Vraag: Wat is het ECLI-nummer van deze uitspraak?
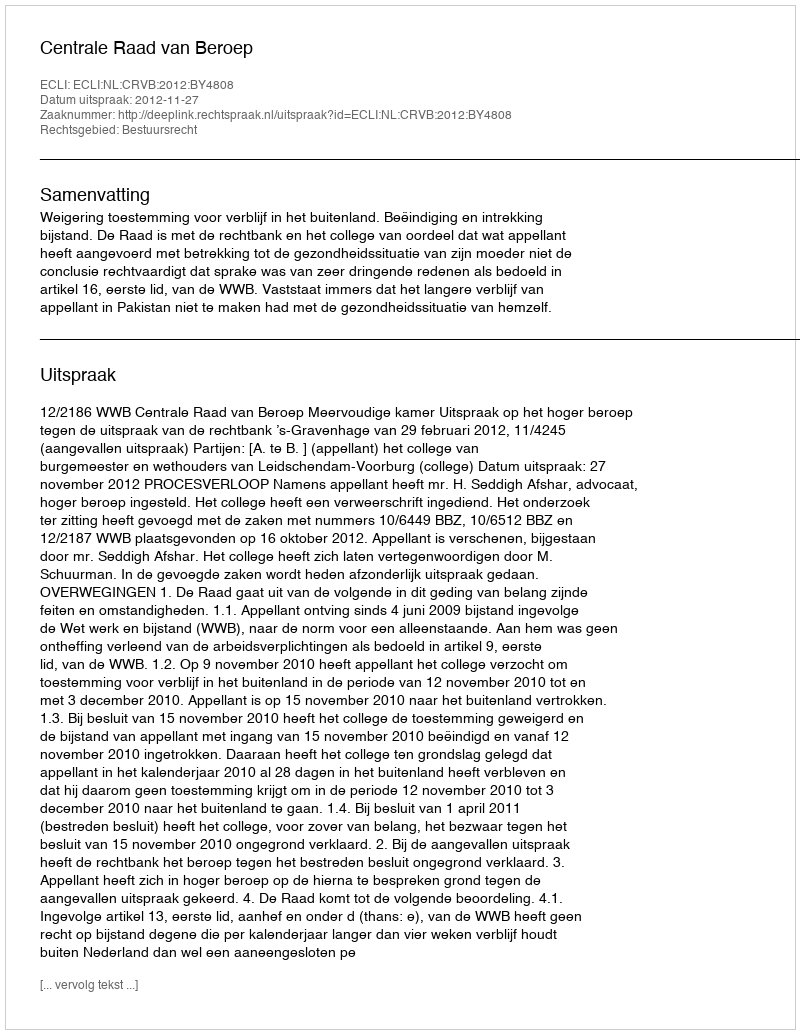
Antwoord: ECLI:NL:CRVB:2012:BY4808